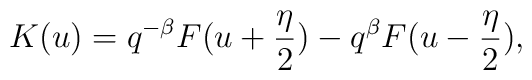
K(u) = q^{-\beta}F(u+\frac{\eta}{2})-q^{\beta}F(u-\frac{\eta}{2}),